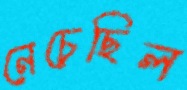
নেচেছিল